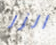
الزر